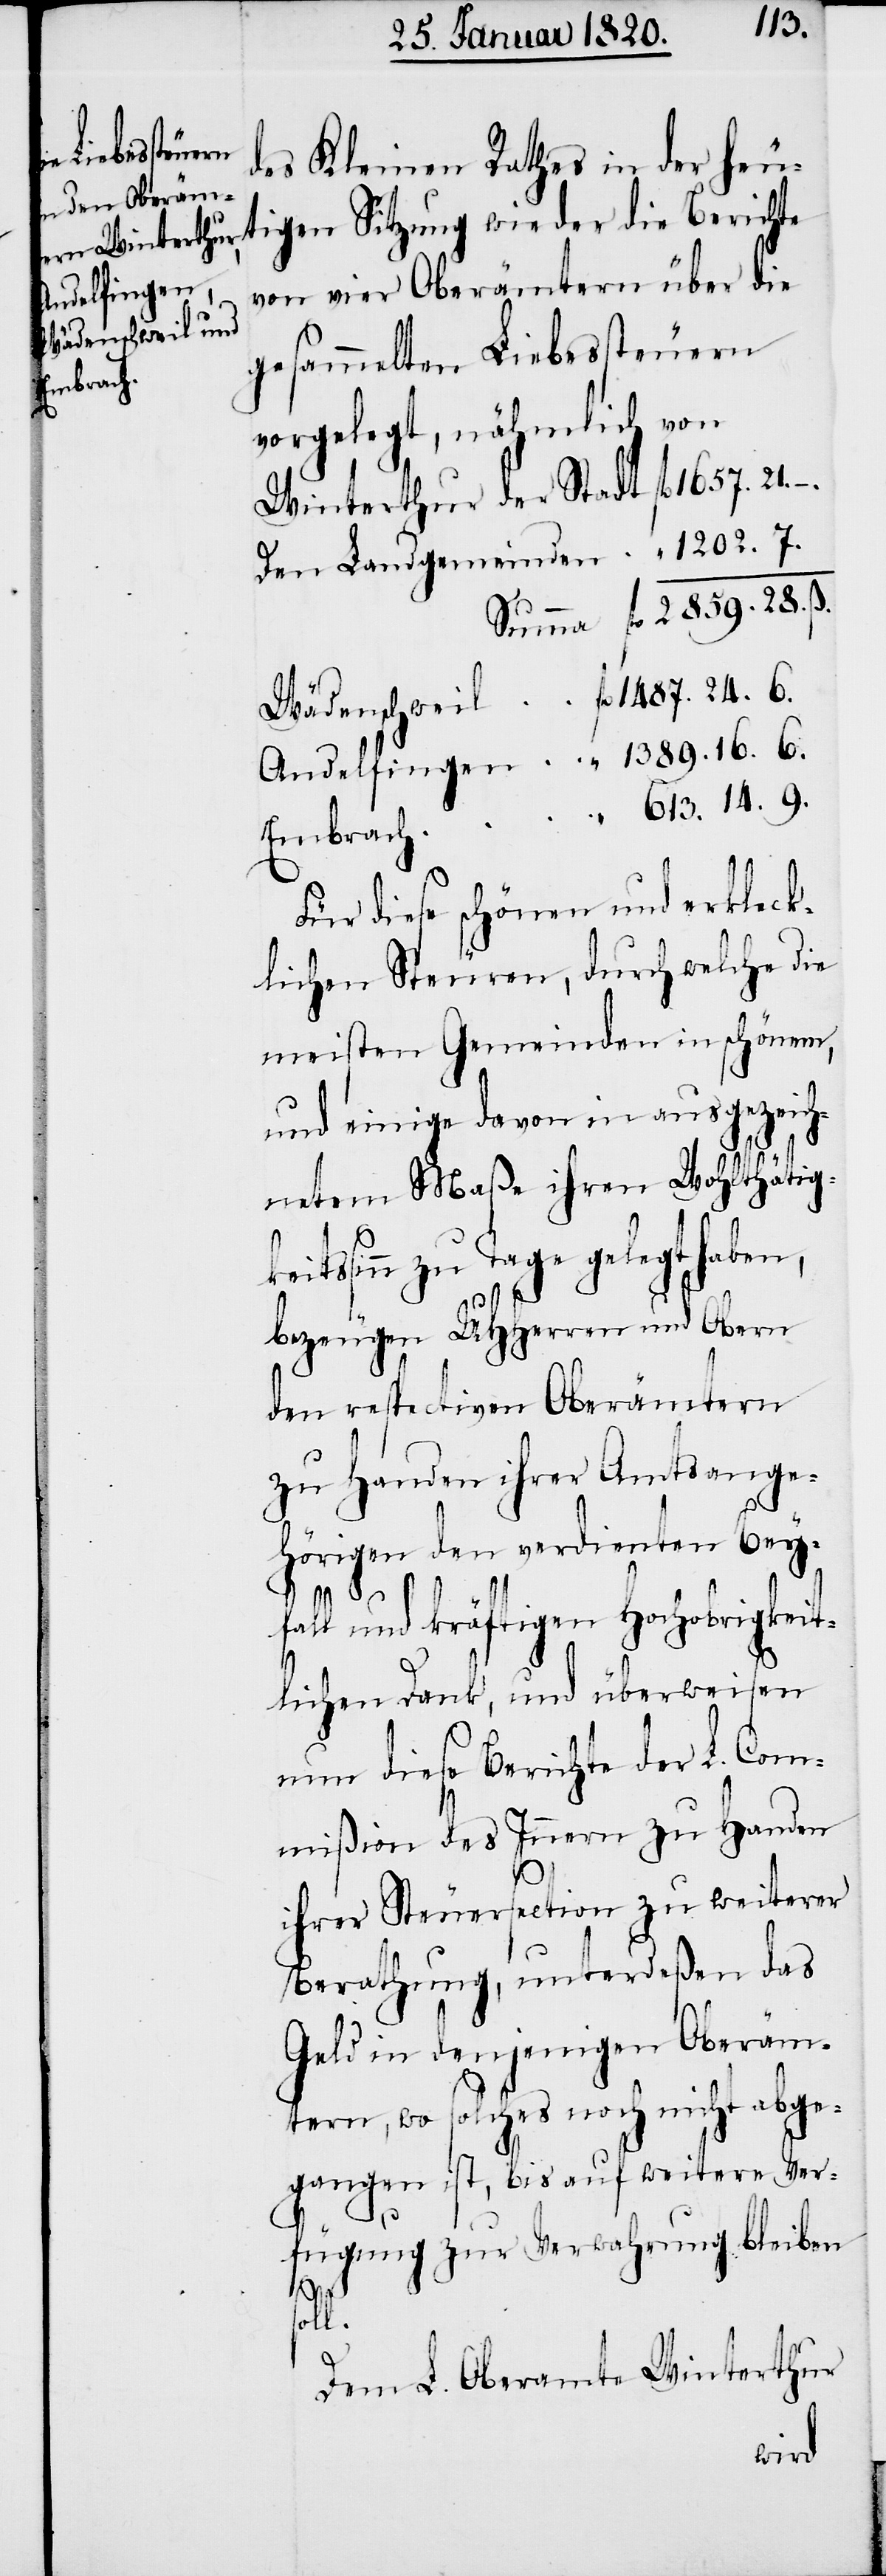
1389.
Landgemeinden
des Kleinen Rathes in der heu¬
von vier Oberämtern über die
Andelfingen
Wädenschweil
gesammelten Liebessteuern
Embrach
vorgelegt, nähmlich von
Für diese schönen und erkleck¬
lichen Steuern, durch welche die
meisten Gemeinden in schönem,
und einige davon in ausgezeich¬
netem Maaße ihren Wohlthätig¬
ssinn zu Tage gelegt haben,
9.
bezeugen UHHerren und Obern
den respectiven Oberämtern
zu Handen ihrer Amtsange¬
hörigen den verdienten Bey¬
„
fl.
fall und kräftigen Hochobrigkei¬
tlichen Dank, und überweisen
nun diese Berichte der L. Com¬
mißion des Innern zu Handen
ihrer Steuersection zu weiterer
Berathung, unterdeßen das
Geld in denjenigen Oberäm¬
tern, wo solches noch nicht abge¬
gangen ist, bis auf weitere Ver¬
fügung zur Verwahrung bleiben
1487.
soll.
Dem L. Oberamte Winterthur
keit¬